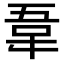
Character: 𫖌